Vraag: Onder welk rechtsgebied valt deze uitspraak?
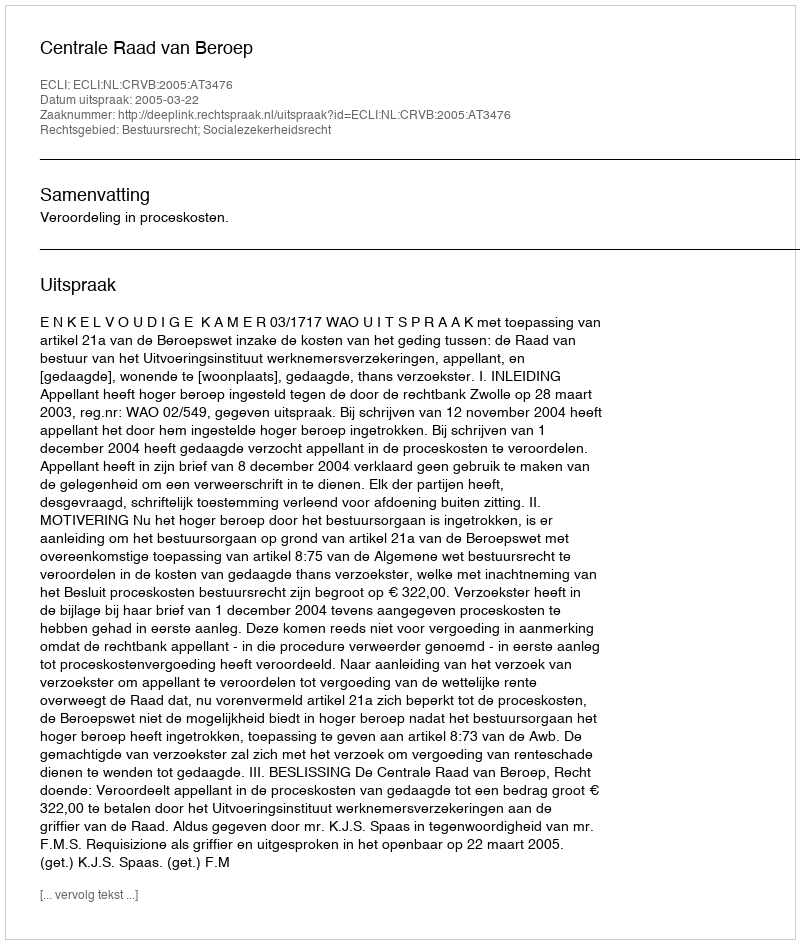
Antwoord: Bestuursrecht; Socialezekerheidsrecht